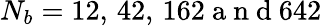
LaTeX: N_{b}=12,\, 42,\, 162\mathrm{~a~n~d~}642